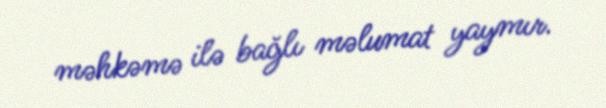
məhkəmə ilə bağlı məlumat yaymır.